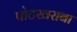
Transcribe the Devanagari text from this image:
पोटखराबा